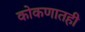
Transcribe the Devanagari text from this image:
कोकणातही